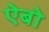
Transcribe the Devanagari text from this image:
ऐबो